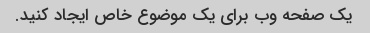
یک صفحه وب برای یک موضوع خاص ایجاد کنید.